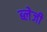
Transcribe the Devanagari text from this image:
ब्लेजी